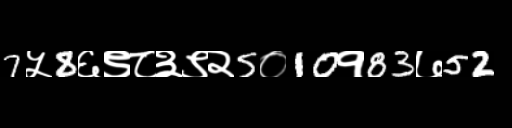
Text: 7५8६९८३९२5०10१83७52